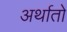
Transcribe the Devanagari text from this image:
अर्थातो